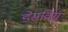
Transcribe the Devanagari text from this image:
डेसविग्न